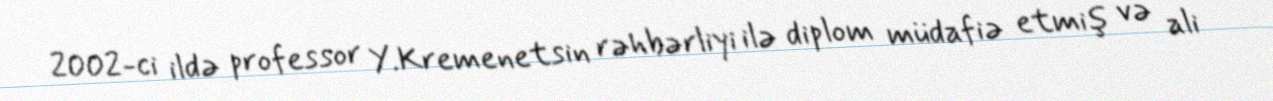
2002-ci ildə professor Y.Kremenetsin rəhbərliyi ilə diplom müdafiə etmiş və ali